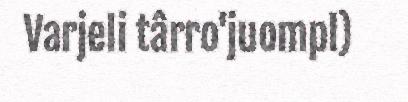
Varjeli târro'juompl)